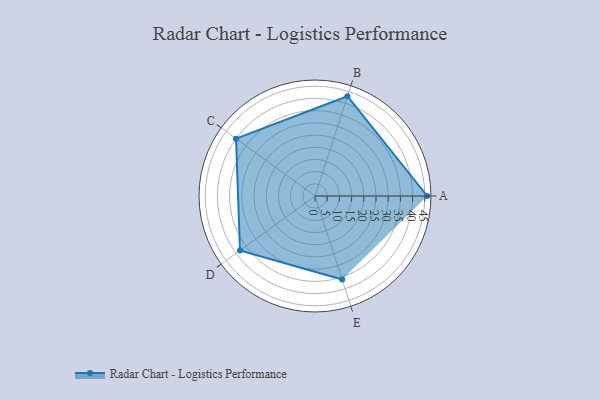
{"axis": {"x": "Skill", "y": "Score"}, "legend": ["Profile"], "data": [{"x": "A", "y": 46.0, "type": "Profile"}, {"x": "B", "y": 43.0, "type": "Profile"}, {"x": "C", "y": 40.0, "type": "Profile"}, {"x": "D", "y": 38.0, "type": "Profile"}, {"x": "E", "y": 36.0, "type": "Profile"}]}